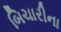
બિચારીના